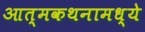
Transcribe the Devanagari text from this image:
आत्मकथनामध्ये